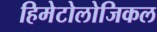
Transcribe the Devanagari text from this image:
हिमेटोलोजिकल